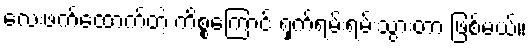
လေးဖက်ထောက်တဲ့ ကိစ္စကြောင့် ရှက်ရမ်းရမ်းသွားတာ ဖြစ်မယ်။